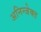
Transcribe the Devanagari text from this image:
अनिन्जेक्त